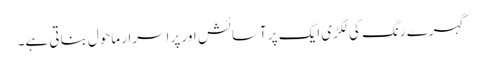
گہرے رنگ کی لکڑی ایک پر آسائش اور پر اسرار ماحول بناتی ہے۔